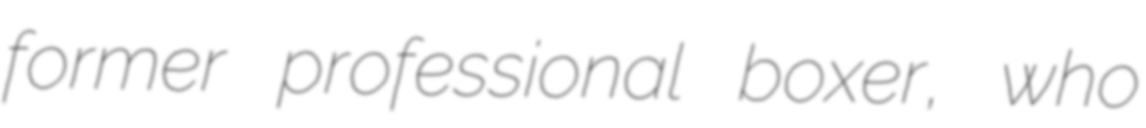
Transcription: former professional boxer, who